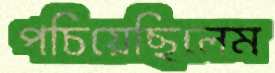
পচিয়েছিলেম